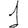
Digit: 1